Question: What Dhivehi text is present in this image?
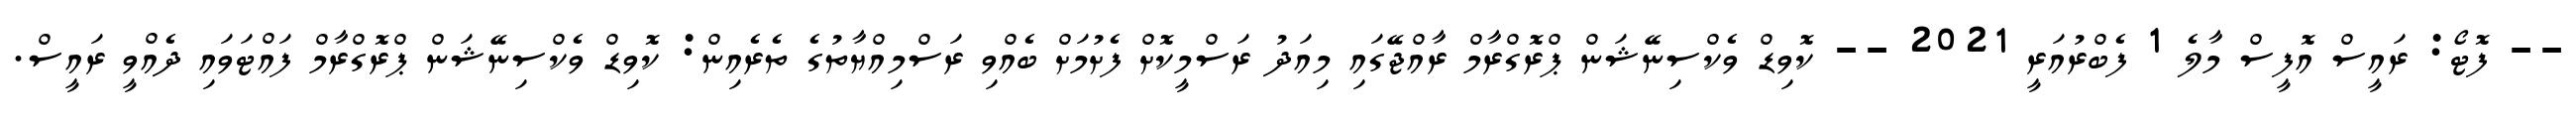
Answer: -- ފޮޓޯ: ރައީސް އޮފީސް މާލެ 1 ފެބްރުއަރީ 2021 -- ކޮވިޑް ވެކްސިނޭޝަން ޕްރޮގްރާމް ރާއްޖޭގައި މިއަދު ރަސްމީކޮށް ފެށުމަށް ބެއްވި ރަސްމިއްޔާތުގެ ތެރެއިން: ކޮވިޑް ވެކްސިނޭޝަން ޕްރޮގްރާމް ފައްޓަވައި ދެއްވީ ރައީސް.